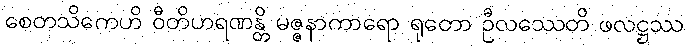
စေတသိကေဟိ ဝီတိဟရဏန္တိ မဇ္ဇနာကာရော ရုတော ဦလဿေတိ ဖလဋ္ဌဿ